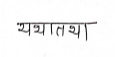
मजकूर: यथातथा